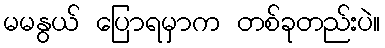
မမနွယ် ပြောရမှာက တစ်ခုတည်းပဲ။